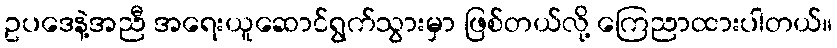
ဥပဒေနဲ့အညီ အရေးယူဆောင်ရွက်သွားမှာ ဖြစ်တယ်လို့ ကြေညာထားပါတယ်။